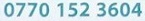
0770 152 3604